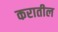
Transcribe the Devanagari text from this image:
करातील